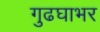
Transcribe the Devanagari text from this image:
गुढघाभर